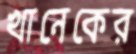
খানেকের